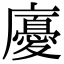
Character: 𢋣